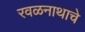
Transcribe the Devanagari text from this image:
रवळनाथाचे